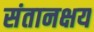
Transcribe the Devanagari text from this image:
संतानक्षय